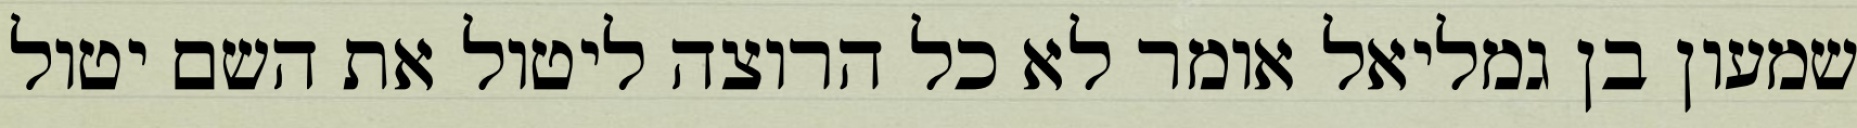
שמעון בן גמליאל אומר לא כל הרוצה ליטול את השם יטול